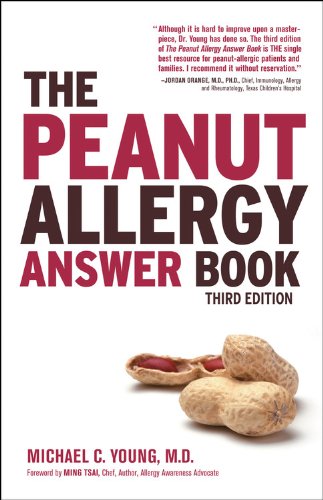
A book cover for The Peanut Allergy Answer Book, 3rd Ed.; Michael C. Young; Health, Fitness & Dieting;